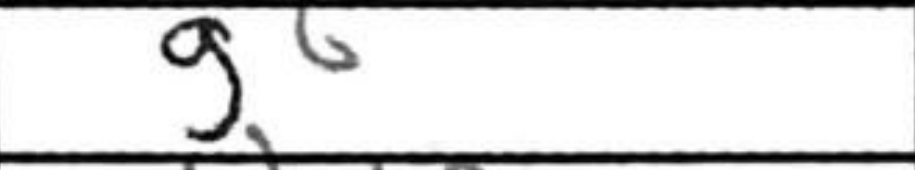
Transcription: g6